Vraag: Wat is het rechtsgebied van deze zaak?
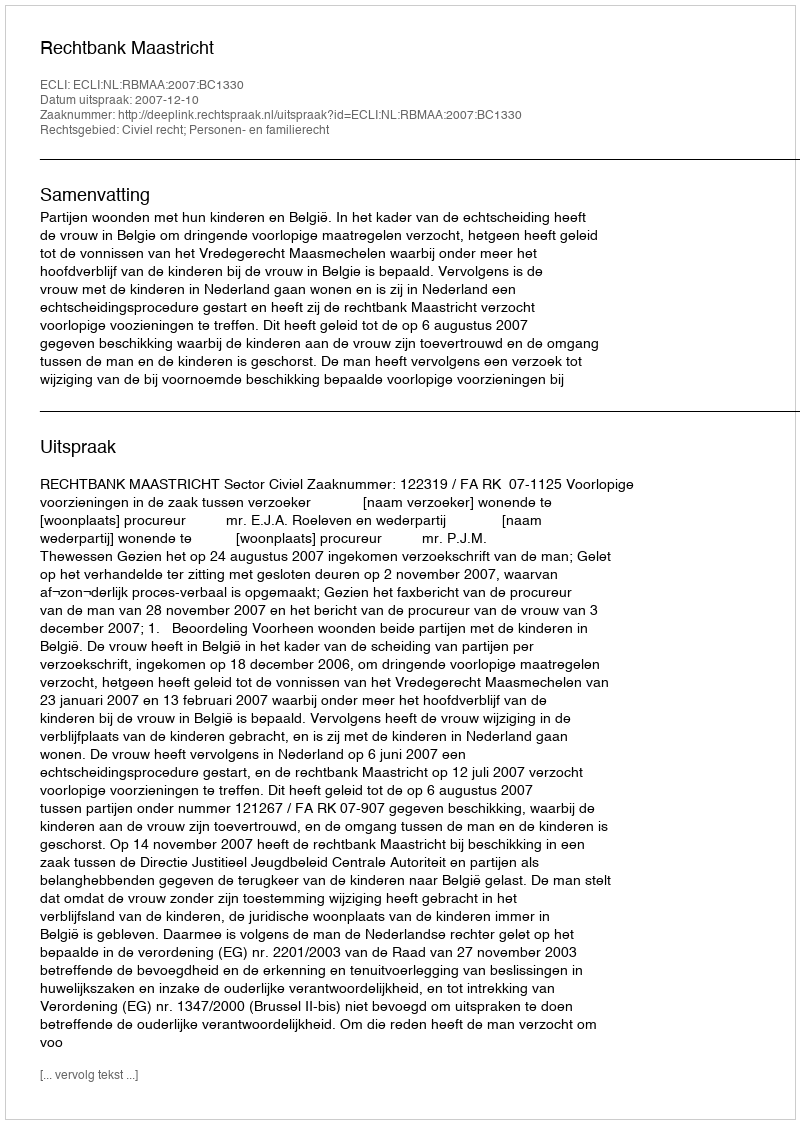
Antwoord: Civiel recht; Personen- en familierecht